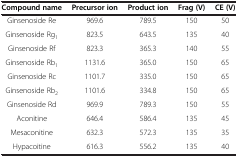
<table><thead><tr><td><b>Compound name</b></td><td><b>Precursor ion</b></td><td><b>Product ion</b></td><td><b>Frag(V)</b></td><td><b>CE(V)</b></td></tr></thead><tbody><tr><td>Ginsenoside Re</td><td>969.6</td><td>789.5</td><td>150</td><td>50</td></tr><tr><td>Ginsenoside Rg<sub>1</sub></td><td>823.5</td><td>643.5</td><td>135</td><td>40</td></tr><tr><td>Ginsenoside Rf</td><td>823.3</td><td>365.3</td><td>140</td><td>55</td></tr><tr><td>Ginsenoside Rb<sub>1</sub></td><td>1131.6</td><td>365.0</td><td>150</td><td>65</td></tr><tr><td>Ginsenoside Rc</td><td>1101.7</td><td>335.0</td><td>150</td><td>65</td></tr><tr><td>Ginsenoside Rb<sub>2</sub></td><td>1101.6</td><td>334.8</td><td>150</td><td>65</td></tr><tr><td>Ginsenoside Rd</td><td>969.9</td><td>789.3</td><td>150</td><td>55</td></tr><tr><td>Aconitine</td><td>646.4</td><td>586.4</td><td>135</td><td>45</td></tr><tr><td>Mesaconitine</td><td>632.3</td><td>572.3</td><td>135</td><td>35</td></tr><tr><td>Hypacoitine</td><td>616.3</td><td>556.2</td><td>135</td><td>40</td></tr></tbody></table>